Annual vaccination report of Bihar and Orissa - 1911-1928
Year: 1911
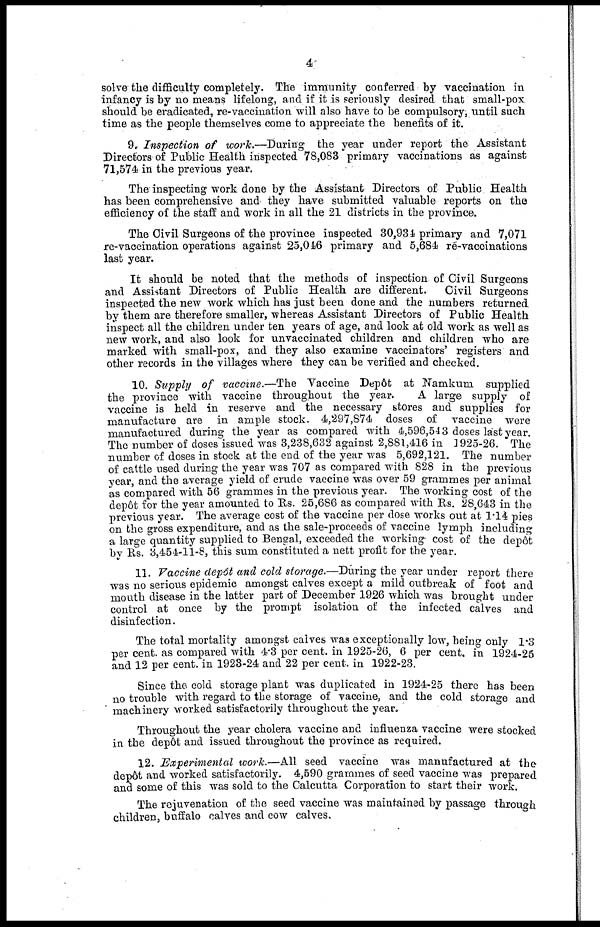
4
solve the difficulty completely. The immunity conferred by vaccination in
infancy is by no means lifelong, and if it is seriously desired that small-pox
should be eradicated, re-vaccination will also have to be compulsory, until such
time as the people themselves come to appreciate the benefits of it.
9. Inspection of work.—During
the year under report the Assistant
Directors of Public Health inspected 78,083 primary vaccinations as against
71,574 in the previous year.
The inspecting work done by the Assistant Directors of Public Health
has been comprehensive and they have submitted valuable reports on the
efficiency of the staff and work in all the 21 districts in the province.
The Civil Surgeons of the province inspected 30,934 primary and 7,071
re-vaccination operations against 25,046 primary and 5,684 re-vaccinations
last year.
It should be noted that the methods of inspection of Civil Surgeons
and Assistant Directors of Public Health are different.
Civil Surgeons
inspected the new work which has just been done and the numbers returned
by them are therefore smaller, whereas Assistant Directors of Public Health
inspect all the children under ten years of age, and look at old work as well as
new work, and also look for unvaccinated children and children who are
marked with small-pox, and they also examine vaccinators' registers and
other records in the villages where they can be verified and checked.
10. Supply of vaccine.—The Vaccine Depôt at Namkum supplied
the province with vaccine throughout the year.
A large supply of
vaccine is held in reserve and the necessary stores and supplies for
manufacture are in ample stock. 4,297,874 doses of vaccine were
manufactured during the year as compared with 4,596,543 doses last year.
The number of doses issued was 3,238,632 against 2,881,416 in 1925-26. The
number of doses in stock at the end of the year was 5,692,121. The number
of cattle used during the year was 707 as compared with 828 in the previous
year, and the average yield of crude vaccine was over 59 grammes per animal
as compared with 56 grammes in the previous year. The working cost of the
depôt for the year amounted to Rs. 25,686 as compared with Rs. 28,643 in the
previous year. The average cost of the vaccine per dose works out at 1.14 pies
on the gross expenditure, and as the sale-proceeds of vaccine lymph including
a large quantity supplied to Bengal, exceeded the working cost of the depôt
by Rs. 3,454-11-8, this sum constituted a nett profit for the year.
11. Vaccine depôt and cold storage.—During the year under report there
was no serious epidemic amongst calves except a mild outbreak of foot and
mouth disease in the latter part of December 1926 which was brought under
control at once by the prompt isolation of the infected calves and
disinfection.
The total mortality amongst calves was exceptionally low, being only 1.3
per cent. as compared with 4.3 per cent. in 1925-26, 6 per cent. in 1924-25
and 12 per cent, in 1923-24 and 22 per cent. in 1922-23.
Since the cold storage plant was duplicated in 1924-25 there has been
no trouble with regard to the storage of vaccine, and the cold storage and
machinery worked satisfactorily throughout the year.
Throughout the year cholera vaccine and influenza vaccine were stocked
in the depôt and issued throughout the province as required.
12. Experimental work.—All seed vaccine was manufactured at the
depôt and worked satisfactorily. 4,590 grammes of seed vaccine was prepared
and some of this was sold to the Calcutta Corporation to start their work.
The rejuvenation of the seed vaccine was maintained by passage through
children, buffalo calves and cow calves.